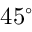
4 5 ^ { \circ }